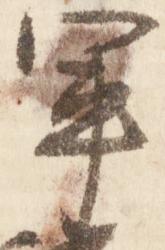
軍